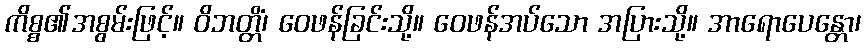
ကိစ္စ၏အစွမ်းဖြင့်။ ဝိဘတ္တိံ၊ ဝေဖန်ခြင်းသို့။ ဝေဖန်အပ်သော အပြားသို့။ အာရောပေန္တော၊